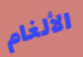
الألغام